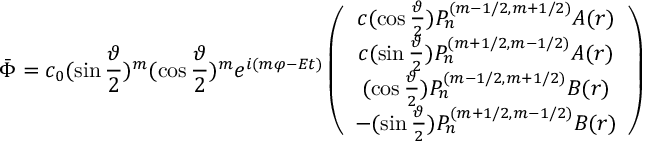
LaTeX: \bar { \Phi } = c _ { 0 } ( \sin \frac \vartheta 2 ) ^ { m } ( \cos \frac \vartheta 2 ) ^ { m } e ^ { i ( m \varphi - E t ) } \left( \begin{array} { c } { { c ( \cos \frac \vartheta 2 ) P _ { n } ^ { ( m - 1 / 2 , m + 1 / 2 ) } A ( r ) } } \\ { { c ( \sin \frac \vartheta 2 ) P _ { n } ^ { ( m + 1 / 2 , m - 1 / 2 ) } A ( r ) } } \\ { { ( \cos \frac \vartheta 2 ) P _ { n } ^ { ( m - 1 / 2 , m + 1 / 2 ) } B ( r ) } } \\ { { - ( \sin \frac \vartheta 2 ) P _ { n } ^ { ( m + 1 / 2 , m - 1 / 2 ) } B ( r ) } } \end{array} \right)